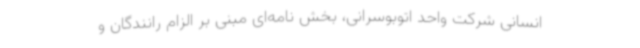
انسانی شرکت واحد اتوبوسرانی، بخش نامه‌ای مبنی بر الزام رانندگان و